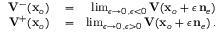
\begin{array} { r l r } { { { \bf V } } ^ { - } ( { \bf x } _ { o } ) } & { { } = } & { \operatorname* { l i m } _ { \epsilon \rightarrow 0 \, , \epsilon < 0 } { \bf V } ( { \bf x } _ { o } + \epsilon \, { { \bf n } } _ { e } ) } \\ { { { \bf V } } ^ { + } ( { \bf x } _ { o } ) } & { { } = } & { \operatorname* { l i m } _ { \epsilon \rightarrow 0 \, , \epsilon > 0 } { \bf V } ( { \bf x } _ { o } + \epsilon \, { { \bf n } } _ { e } ) \, . } \end{array}